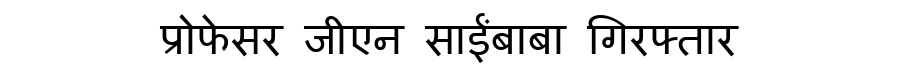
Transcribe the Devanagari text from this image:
प्रोफेसर जीएन साईंबाबा गिरफ्तार